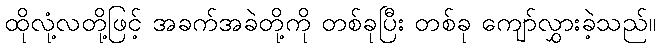
ထိုလုံ့လတို့ဖြင့် အခက်အခဲတို့ကို တစ်ခုပြီး တစ်ခု ကျော်လွှားခဲ့သည်။